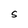
Character: S